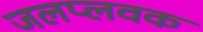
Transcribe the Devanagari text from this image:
जलप्लवक